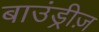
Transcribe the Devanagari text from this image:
बाउंड्रीज़